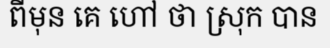
ពីមុន គេ ហៅ ថា ស្រុក បាន